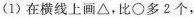
(1)在横线上画\bigtriangleup ，比\bigcirc 多2个，